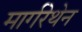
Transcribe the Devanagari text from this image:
मार्गरेथेन